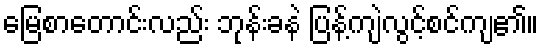
မြေစာတောင်းလည်း ဘုန်းခနဲ ပြန့်ကျဲလွင့်စင်ကျ၏။